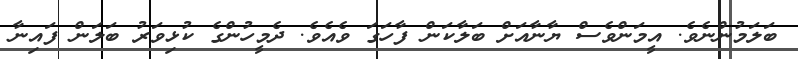
ބަލަމުންނެވެ. އީމަންވެސް ޔާނާއަށް ބަލާކަން ފާހަގަ ވެއެވެ. ދެމީހުންގެ ކުޅިވަރު ބަލަން ފައިނާ